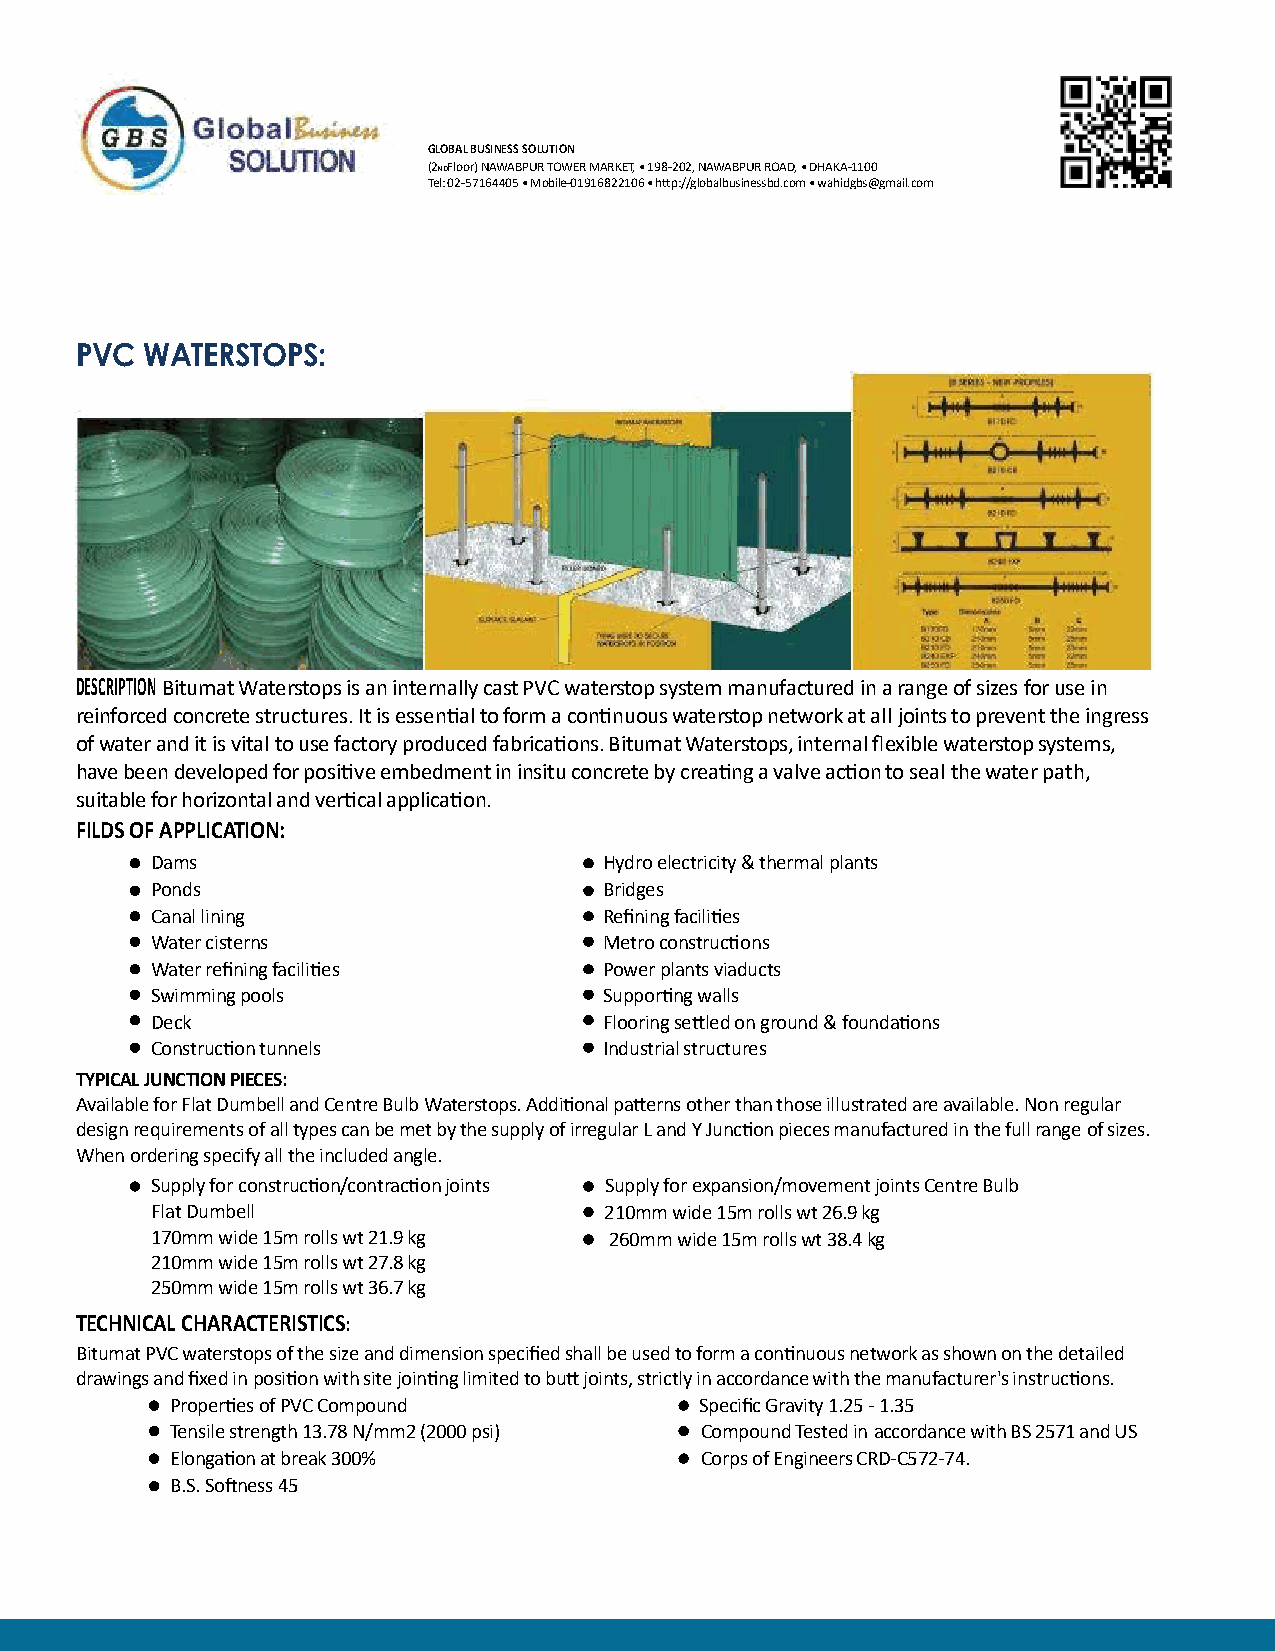
GLOBAL BUSINESS SOLUTION
 (2NDFloor) NAWABPUR TOWER MARKET, • 198-202, NAWABPUR ROAD, • DHAKA-1100
 Tel: 02-57164405 • Mobile-01916822106 • h�p://globalbusinessbd.com • wahidgbs@gmail.com
 PVC WATERSTOPS:
 DESCRIPTION Bitumat Waterstops is an internally cast PVC waterstop system manufactured in a range of sizes for use in
 reinforced concrete structures. It is essen�al to form a con�nuous waterstop network at all joints to prevent the ingress
 of water and it is vital to use factory produced fabrica�ons. Bitumat Waterstops, internal flexible waterstop systems,
 have been developed for posi�ve embedment in insitu concrete by crea�ng a valve ac�on to seal the water path,
 suitable for horizontal and ver�cal applica�on.
 FILDS OF APPLICATION:
 Dams                          Hydro electricity & thermal plants
 Ponds                         Bridges
 Canal lining                  Refining facili�es
 Water cisterns                Metro construc�ons
 Water refining facili�es      Power plants viaducts
 Swimming pools                Suppor�ng walls
 Deck                          Flooring se�led on ground & founda�ons
 Construc�on tunnels           Industrial structures
 TYPICAL JUNCTION PIECES:
 Available for Flat Dumbell and Centre Bulb Waterstops. Addi�onal pa�erns other than those illustrated are available. Non regular
 design requirements of all types can be met by the supply of irregular L and Y Junc�on pieces manufactured in the full range of sizes.
 When ordering specify all the included angle.
 Supply for construc�on/contrac�on joints Supply for expansion/movement joints Centre Bulb
 Flat Dumbell                  210mm wide 15m rolls wt 26.9 kg
 170mm wide 15m rolls wt 21.9 kg 260mm wide 15m rolls wt 38.4 kg
 210mm wide 15m rolls wt 27.8 kg
 250mm wide 15m rolls wt 36.7 kg
 TECHNICAL CHARACTERISTICS:
 Bitumat PVC waterstops of the size and dimension specified shall be used to form a con�nuous network as shown on the detailed
 drawings and fixed in posi�on with site join�ng limited to bu� joints, strictly in accordance with the manufacturer's instruc�ons.
 Proper�es of PVC Compound          Specific Gravity 1.25 - 1.35
 Tensile strength 13.78 N/mm2 (2000 psi) Compound Tested in accordance with BS 2571 and US
 Elonga�on at break 300%            Corps of Engineers CRD-C572-74.
 B.S. So�ness 45